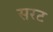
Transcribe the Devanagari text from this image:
सरट